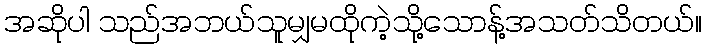
အဆိုပါ သည်အဘယ်သူမျှမထိုကဲ့သို့သောန့်အသတ်သိတယ်။